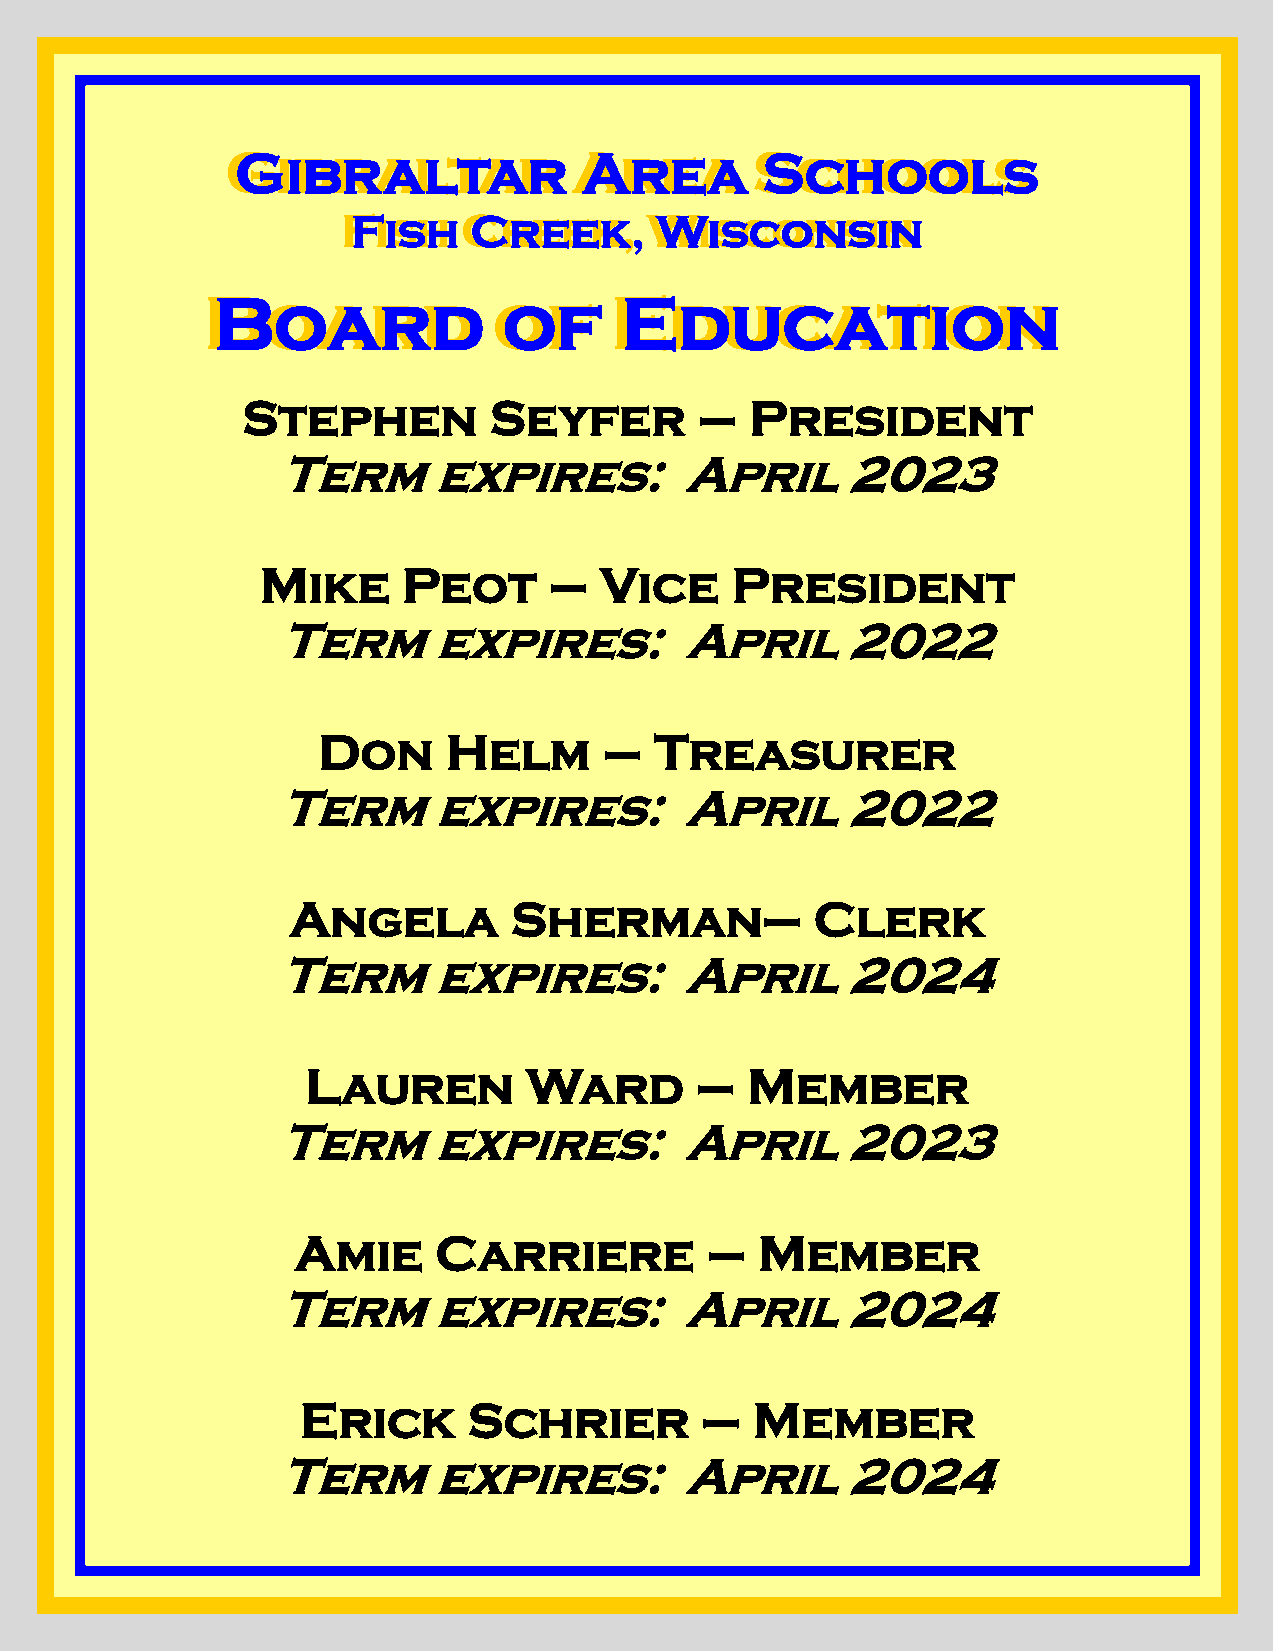
GGiibbrraallttaarr     AArreeaa    SScchhoooollss
 FFiisshh CCrreeeekk,, WWiissccoonnssiinn
 BBooaarrdd         ooff   EEdduuccaattiioonn
 Stephen         Seyfer        –   President
 Term      expires:        April      2023
 Mike      Peot     –   Vice    President
 Term      expires:        April      2022
 Don      Helm      –  Treasurer
 Term      expires:        April      2022
 Angela         Sherman–            Clerk
 Term      expires:        April      2024
 Lauren         Ward       –  Member
 Term      expires:        April      2023
 Amie     Carriere          –  Member
 Term      expires:        April      2024
 Erick      Schrier        –   Member
 Term      expires:        April      2024